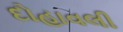
દોહાવલી